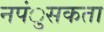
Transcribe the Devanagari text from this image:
नपंुसकता